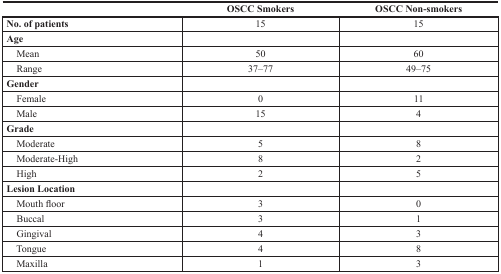
<table><thead><tr><td></td><td><b>OSCC Smokers</b></td><td><b>OSCC Non-smokers</b></td></tr></thead><tbody><tr><td><b>No. of patients</b></td><td>15</td><td>15</td></tr><tr><td><b>Age</b></td><td></td><td></td></tr><tr><td> Mean</td><td>50</td><td>60</td></tr><tr><td> Range</td><td>37–77</td><td>49–75</td></tr><tr><td><b>Gender</b></td><td></td><td></td></tr><tr><td> Female</td><td>0</td><td>11</td></tr><tr><td> Male</td><td>15</td><td>4</td></tr><tr><td><b>Grade</b></td><td></td><td></td></tr><tr><td> Moderate</td><td>5</td><td>8</td></tr><tr><td> Moderate-High</td><td>8</td><td>2</td></tr><tr><td> High</td><td>2</td><td>5</td></tr><tr><td><b>Lesion Location</b></td><td></td><td></td></tr><tr><td> Mouth floor</td><td>3</td><td>0</td></tr><tr><td> Buccal</td><td>3</td><td>1</td></tr><tr><td> Gingival</td><td>4</td><td>3</td></tr><tr><td> Tongue</td><td>4</td><td>8</td></tr><tr><td> Maxilla</td><td>1</td><td>3</td></tr></tbody></table>